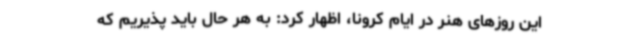
این روزهای هنر در ایام کرونا، اظهار کرد: به هر حال باید پذیریم که